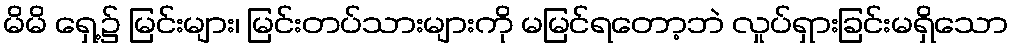
မိမိ ရှေ့၌ မြင်းများ၊ မြင်းတပ်သားများကို မမြင်ရတော့ဘဲ လှုပ်ရှားခြင်းမရှိသော